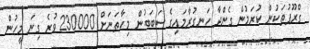
ގްރޫޕުތަކުން ކުރަމުން ގެންދާ ހަނގުރާމައިގެ ސަބަބުން މިހާތަނަށް 230000 ވުރެ ގިނަ މީހުން